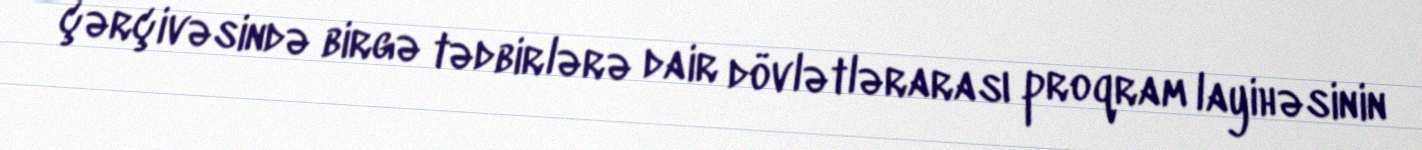
çərçivəsində birgə tədbirlərə dair dövlətlərarası proqram layihəsinin